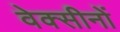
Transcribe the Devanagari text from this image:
वेक्सीनों